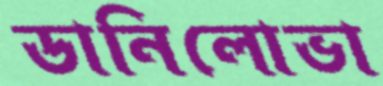
ডানিলোভা